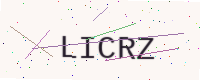
Text: LICRZ